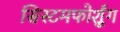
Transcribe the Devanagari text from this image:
सिस्टमफोर्शुंग